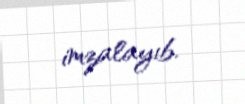
imzalayıb.